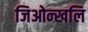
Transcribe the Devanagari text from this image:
जिओन्खलि